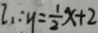
l _ { 1 } : y = \frac { 1 } { 2 } x + 2